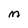
Character: M